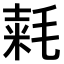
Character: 𣮾